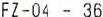
FZ-04 - 36